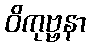
ဝိကုဗ္ဗနာ